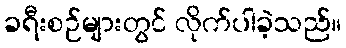
ခရီးစဉ်များတွင် လိုက်ပါခဲ့သည်။